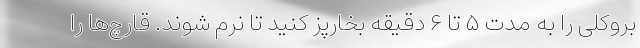
بروکلی را به مدت ۵ تا ۶ دقیقه بخارپز کنید تا نرم شوند. قارچ‌ها را